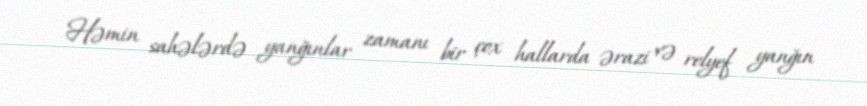
Həmin sahələrdə yanğınlar zamanı bir çox hallarda ərazi və relyef yanğın